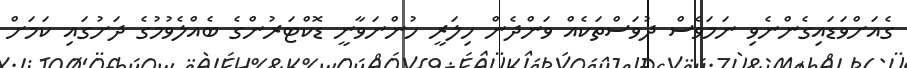
ގެއަށްވަޑައިގެންނެވި ނަމަވެސް ދުވަސްތަކެއް ވަންދެން ހިލަރީ ހުންނަވާނީ ޑޮކްޓަރުންގެ ބެއްލެވުމުގެ ދަށުގައި ކަމަށް